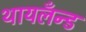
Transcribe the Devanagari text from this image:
थायलँन्ड